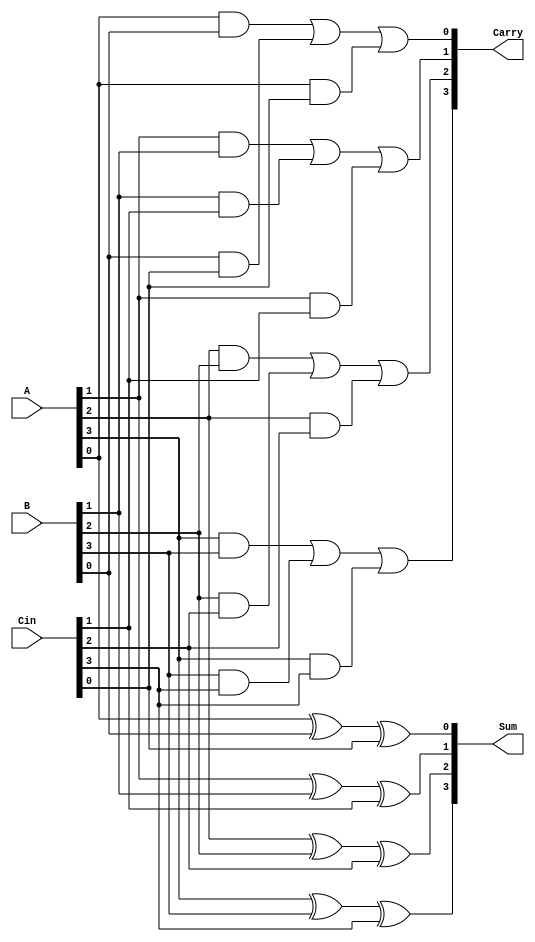
module CarrySaveAdder #(parameter n = 4) (
    input  [n-1:0] A,      // First operand
    input  [n-1:0] B,      // Second operand
    input  [n-1:0] Cin,     // Carry input
    output [n-1:0] Sum,     // Sum output
    output [n-1:0] Carry    // Carry output
);

genvar i;

generate
    for (i = 0; i < n; i = i + 1) begin : CSA
        // Sum calculation using XOR
        assign Sum[i] = A[i] ^ B[i] ^ Cin[i];
        
        // Carry calculation using majority function
        assign Carry[i] = (A[i] & B[i]) | (B[i] & Cin[i]) | (A[i] & Cin[i]);
    end
endgenerate

endmodule